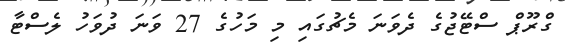
ގްރޫޕް ސްޓޭޖުގެ ދެވަނަ މެޗުގައި މި މަހުގެ 27 ވަނަ ދުވަހު ލެސްޓާ